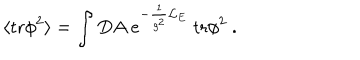
LaTeX: \langle \mathrm { t r } \phi ^ { 2 } \rangle = \int D A ~ e ^ { - \frac { 1 } { g ^ { 2 } } { \cal L } _ { E } } ~ \mathrm { t r } \phi ^ { 2 } ~ .